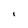
Character: i